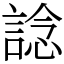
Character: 諗